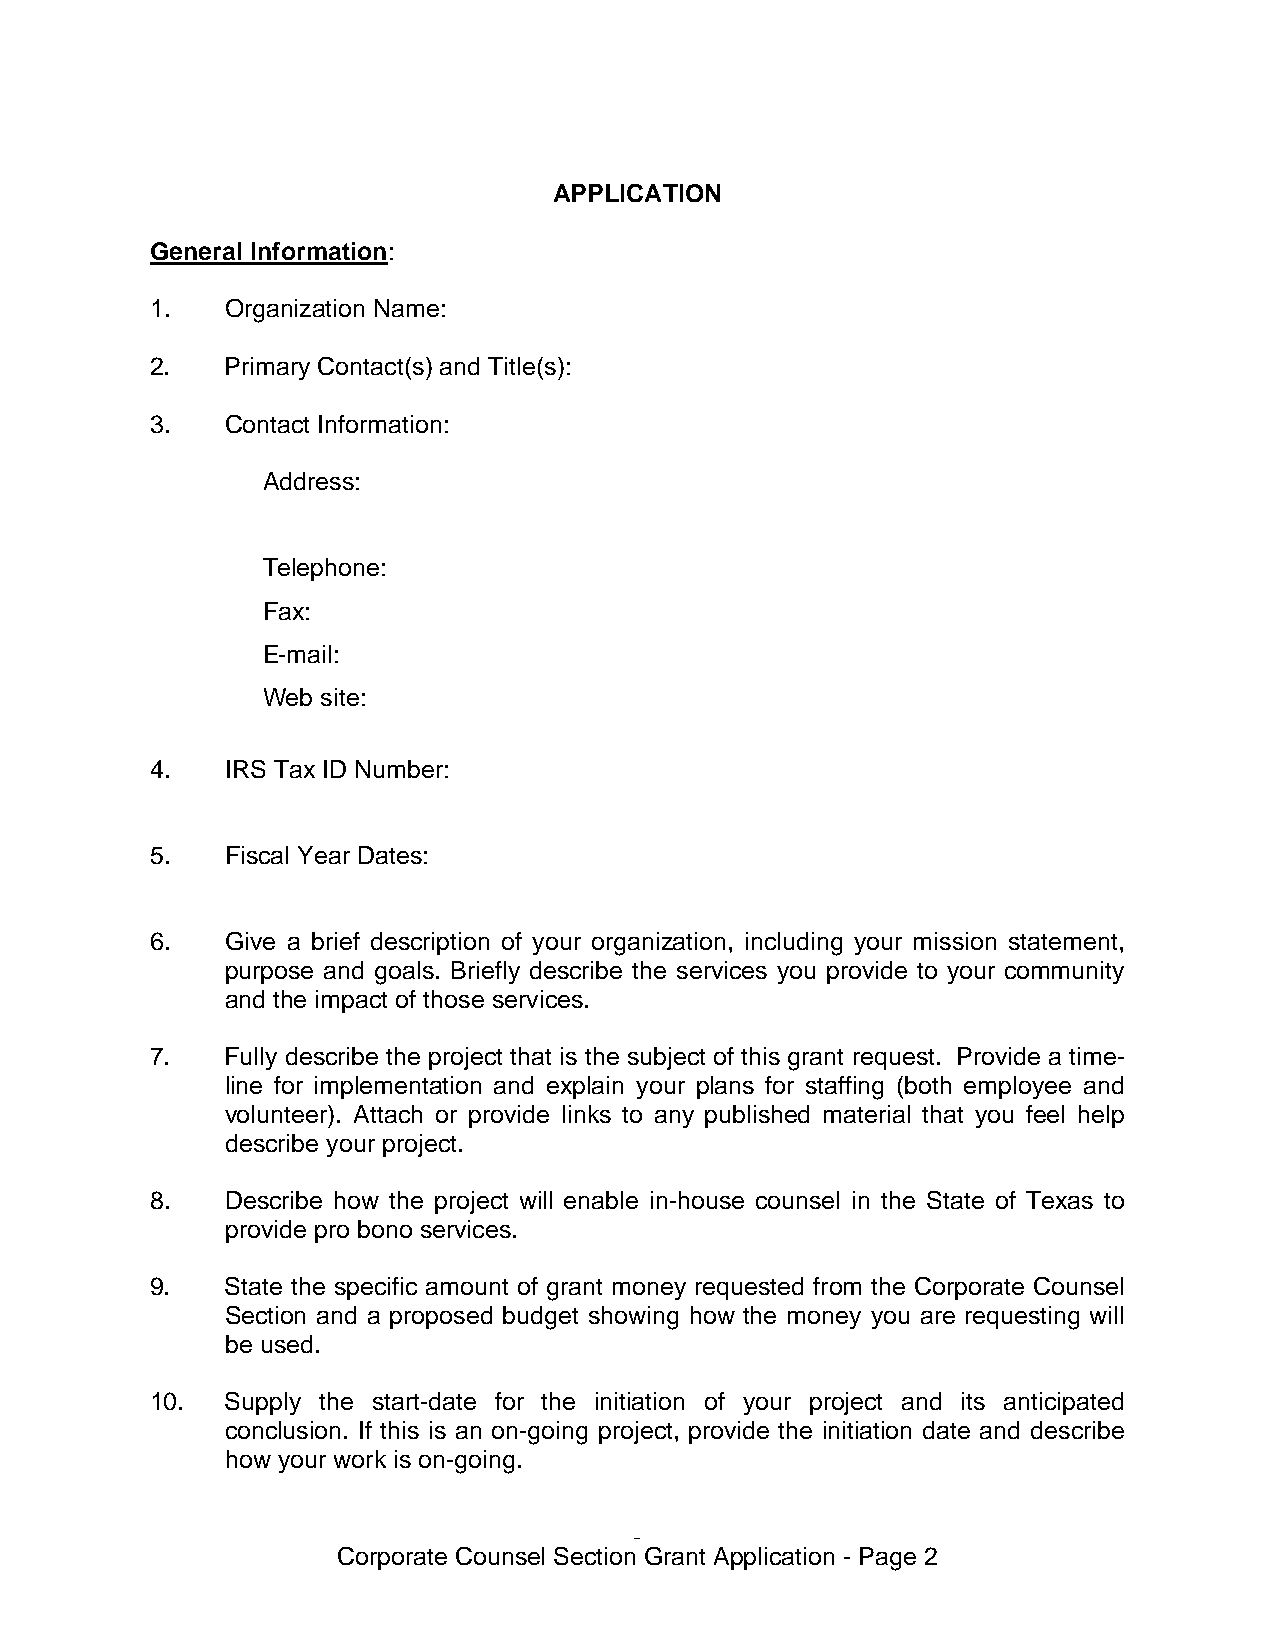
APPLICATION
 General Information:
 1.   Organization Name:
 2.   Primary Contact(s) and Title(s):
 3.   Contact Information:
 Address:
 Telephone:
 Fax:
 E-mail:
 Web site:
 4.   IRS Tax ID Number:
 5.   Fiscal Year Dates:
 6.   Give a brief description of your organization, including your mission statement,
 purpose and goals. Briefly describe the services you provide to your community
 and the impact of those services.
 7.   Fully describe the project that is the subject of this grant request. Provide a time-
 line for implementation and explain your plans for staffing (both employee and
 volunteer). Attach or provide links to any published material that you feel help
 describe your project.
 8.   Describe how the project will enable in-house counsel in the State of Texas to
 provide pro bono services.
 9.   State the specific amount of grant money requested from the Corporate Counsel
 Section and a proposed budget showing how the money you are requesting will
 be used.
 10.  Supply the start-date for the initiation of your project and its anticipated
 conclusion. If this is an on-going project, provide the initiation date and describe
 how your work is on-going.
 -
 Corporate Counsel Section Grant Application - Page 2